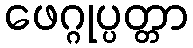
ဖေဂ္ဂုပ္ပတ္တာ